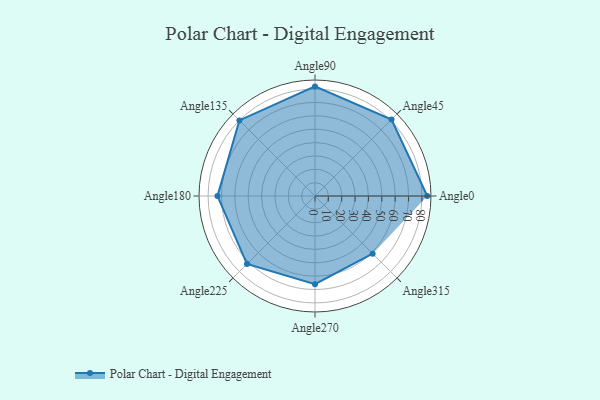
{"axis": {"x": "Angle", "y": "Radius"}, "legend": [""], "data": [{"x": "Angle0", "y": 84.0, "type": ""}, {"x": "Angle45", "y": 81.0, "type": ""}, {"x": "Angle90", "y": 82.0, "type": ""}, {"x": "Angle135", "y": 80.0, "type": ""}, {"x": "Angle180", "y": 73.0, "type": ""}, {"x": "Angle225", "y": 72.0, "type": ""}, {"x": "Angle270", "y": 66.0, "type": ""}, {"x": "Angle315", "y": 61.0, "type": ""}]}